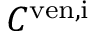
C ^ { \mathrm { v e n , i } }